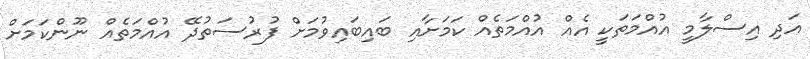
އަދި އިސްލާމީ އުއްމަތަކީ އެއް އުއްމަތެއް ކަމަށާއި ބައިބައިވުމަށް ފުރުސަތުދޭ އުއްމަތެއް ނޫންކަމަށް